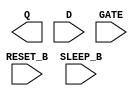
module sky130_fd_sc_lp__srdlrtp (
    Q      ,
    RESET_B,
    D      ,
    GATE   ,
    SLEEP_B
);

    output Q      ;
    input  RESET_B;
    input  D      ;
    input  GATE   ;
    input  SLEEP_B;

    // Voltage supply signals
    supply1 KAPWR;
    supply1 VPWR ;
    supply0 VGND ;
    supply1 VPB  ;
    supply0 VNB  ;

endmodule